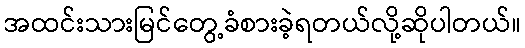
အထင်းသားမြင်တွေ့ခံစားခဲ့ရတယ်လို့ဆိုပါတယ်။